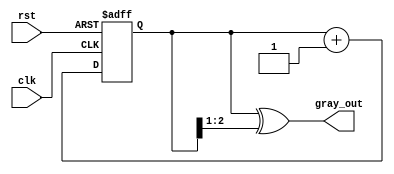
module gray_code_counter #(parameter n = 3) (
    input wire clk,
    input wire rst,
    output reg [n-1:0] gray_out
);

    reg [n-1:0] binary_count;

    // Gray code conversion function
    function [n-1:0] binary_to_gray;
        input [n-1:0] binary;
        begin
            binary_to_gray = binary ^ (binary >> 1);
        end
    endfunction

    // Sequential logic for counting
    always @(posedge clk or posedge rst) begin
        if (rst) begin
            binary_count <= 0; // Reset binary count to 0
        end else begin
            binary_count <= binary_count + 1; // Increment binary count
        end
    end

    // Combinational logic for Gray code output
    always @(*) begin
        gray_out = binary_to_gray(binary_count); // Convert binary to Gray code
    end

endmodule